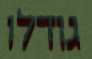
גודלו